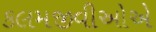
કલમજીવીઓએ